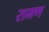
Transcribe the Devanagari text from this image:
रामण